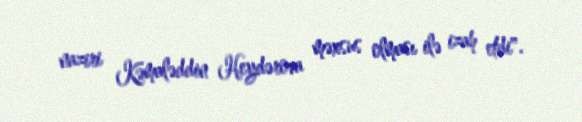
naziri Kəmaləddin Heydərova məxsus olması ilə izah etdi".